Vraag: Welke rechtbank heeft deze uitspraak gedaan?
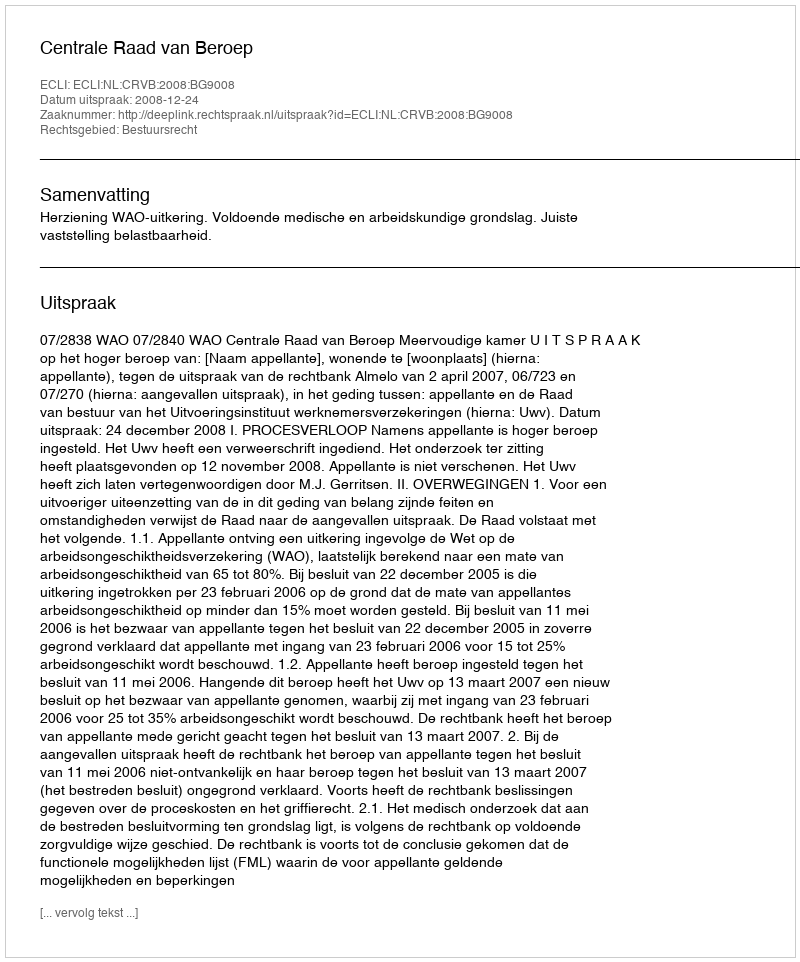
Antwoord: Centrale Raad van Beroep